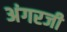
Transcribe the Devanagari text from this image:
अंगरजी